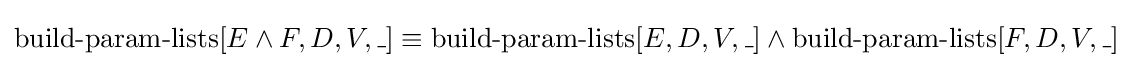
\operatorname {build-param-lists} [E\land F,D,V,\_]\equiv \operatorname {build-param-lists} [E,D,V,\_]\land \operatorname {build-param-lists} [F,D,V,\_]